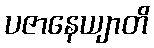
ပဇာနေယျာတိ